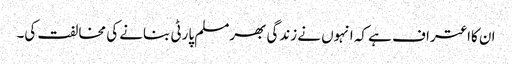
ان کااعتراف ہے کہ انہوں نے زندگی بھرمسلم پارٹی بنانے کی مخالفت کی۔